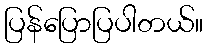
ပြန်ပြောပြပါတယ်။